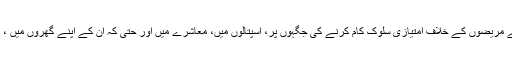
انہوں نے کہا’’ تَپِ دِق کے مریضوں کے خلاف امتیازی سلوک کام کرنے کی جگہوں پر، اسپتالوں میں، معاشرے میں اور حتیٰ کہ ان کے اپنے گھروں میں ، کہیں بھی پیش آسکتا ہے ۔